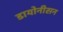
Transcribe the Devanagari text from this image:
डायोनीसन